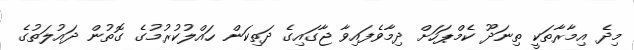
މިދެ އިމާރާތަކީ ތިނަދޫ ކެމްޕަހަށް ދިމާވެފައިވާ ޖާގައިގެ ދަތިކަން ހައްލުކުރުމުގެ ގޮތުން ދައުލަތުގެ